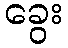
ခွေး